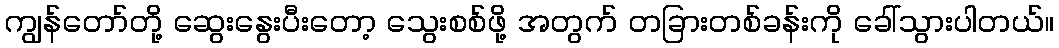
ကျွန်တော်တို့ ဆွေးနွေးပီးတော့ သွေးစစ်ဖို့ အတွက် တခြားတစ်ခန်းကို ခေါ်သွားပါတယ်။